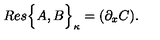
R e s \Big \{ A , B \Big \} _ { \kappa } = ( \partial _ { x } C ) .